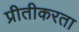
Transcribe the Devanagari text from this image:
प्रीतीकरता